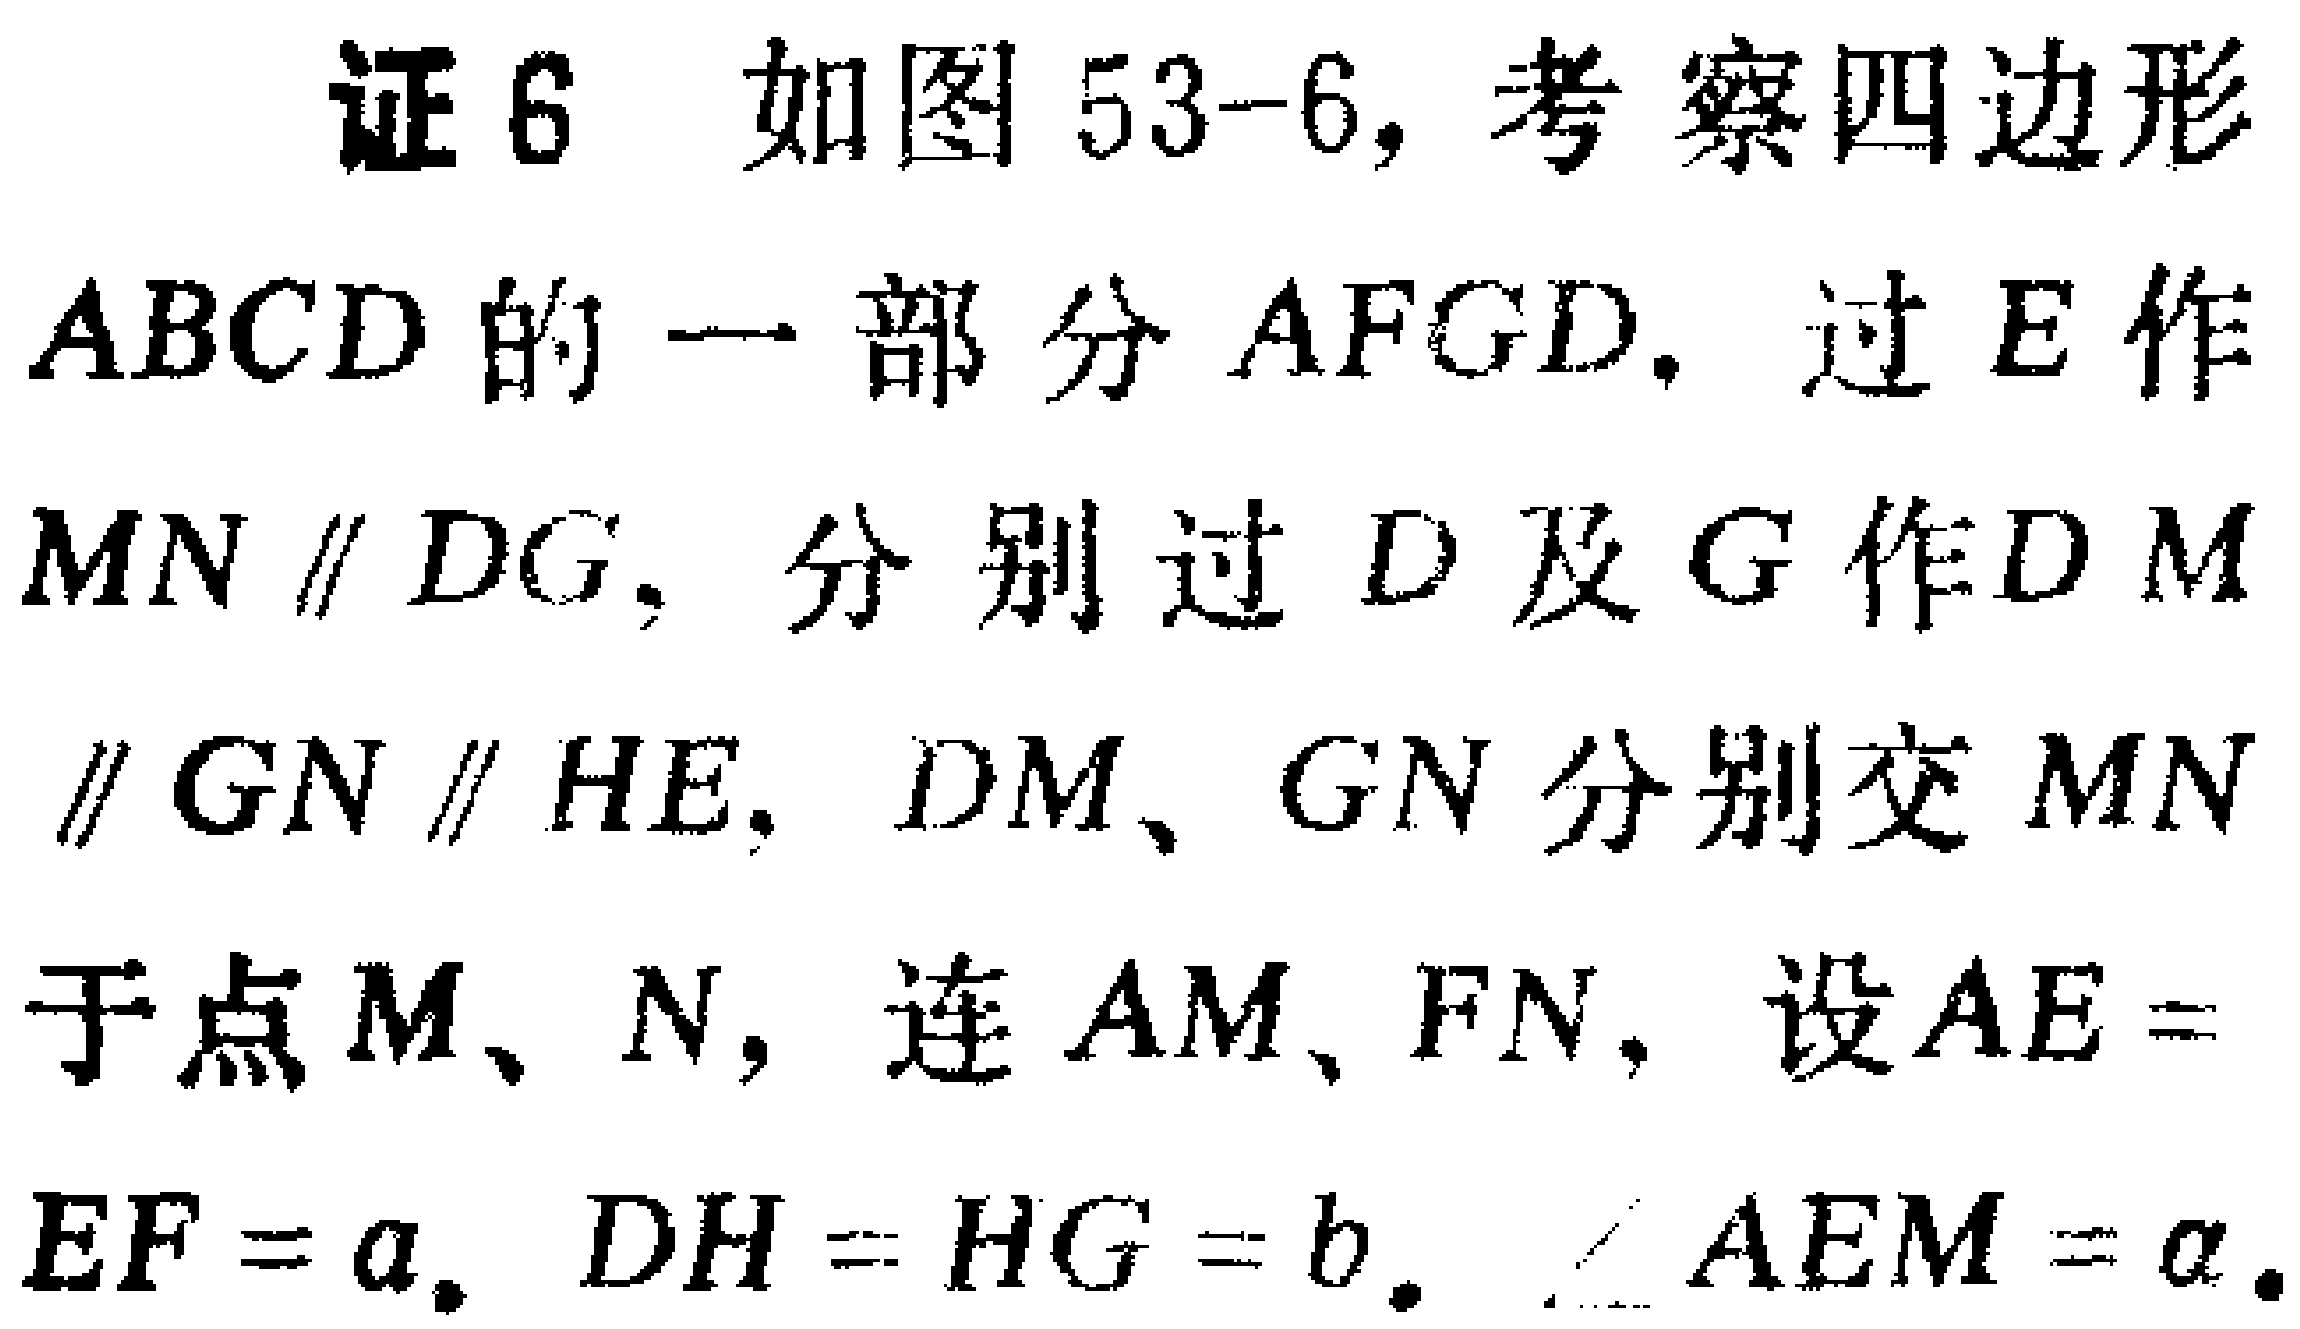
证6 如图53-6，考察四边形$ABCD$的一部分$AFGD$，过$E$作$MN \parallel DG$，分别过$D$及$G$作$DM \parallel GN \parallel HE$，$DM$、$GN$分别交$MN$于点$M$、$N$，连$AM$、$FN$，设$AE = EF = a$，$DH = HG = b$，$\angle AEM=\alpha$。